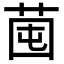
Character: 𦯁